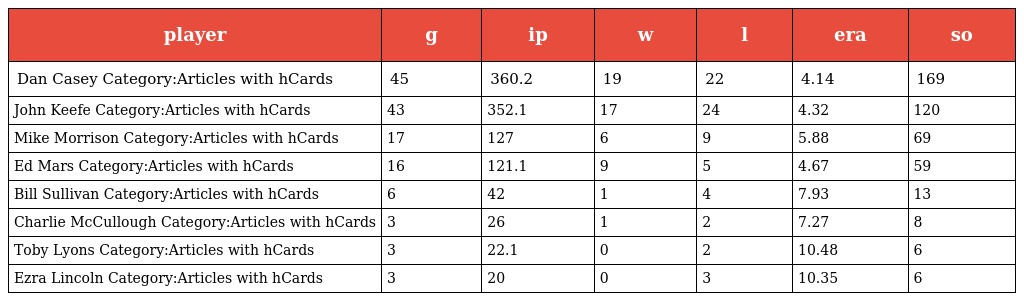
| player | g | ip | w | l | era | so |
 | --- | --- | --- | --- | --- | --- | --- |
 | Dan Casey Category:Articles with hCards | 45 | 360.2 | 19 | 22 | 4.14 | 169 |
 | John Keefe Category:Articles with hCards | 43 | 352.1 | 17 | 24 | 4.32 | 120 |
 | Mike Morrison Category:Articles with hCards | 17 | 127 | 6 | 9 | 5.88 | 69 |
 | Ed Mars Category:Articles with hCards | 16 | 121.1 | 9 | 5 | 4.67 | 59 |
 | Bill Sullivan Category:Articles with hCards | 6 | 42 | 1 | 4 | 7.93 | 13 |
 | Charlie McCullough Category:Articles with hCards | 3 | 26 | 1 | 2 | 7.27 | 8 |
 | Toby Lyons Category:Articles with hCards | 3 | 22.1 | 0 | 2 | 10.48 | 6 |
 | Ezra Lincoln Category:Articles with hCards | 3 | 20 | 0 | 3 | 10.35 | 6 |